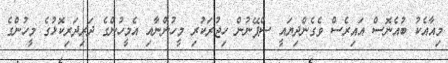
މިއާއެކު ބުއެނޮސް އައިރެސް ވެގެންދިޔައީ ސްޕޭނުން ހިޖުރަކުރި މީހުންނާއި އެމީހުންގެ ދަރިދަރިކޮޮޅުގެ މީހުންގެ